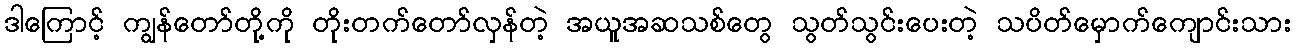
ဒါကြောင့် ကျွန်တော်တို့ကို တိုးတက်တော်လှန်တဲ့ အယူအဆသစ်တွေ သွတ်သွင်းပေးတဲ့ သပိတ်မှောက်ကျောင်းသား